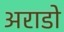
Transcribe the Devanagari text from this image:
अराडो